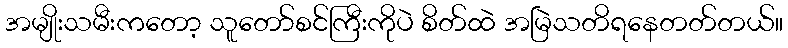
အမျိုးသမီးကတော့ သူတော်စင်ကြီးကိုပဲ စိတ်ထဲ အမြဲသတိရနေတတ်တယ်။